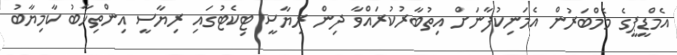
އެމްޑީޕީގެ މެމްބަރުން އެމަނިކުފާނަށް އިތުބާރުކުރައްވާ ދިން ރިޔާސީ ޓިކެޓުގައި ރިޔާސީ އިންތިހާބު ކާމިޔާބު